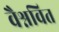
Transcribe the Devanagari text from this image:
वैश्नवित